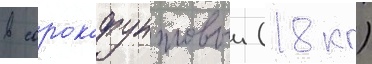
в сорокафунтовыи (18 кг)